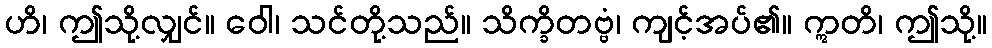
ဟိ၊ ဤသို့လျှင်။ ဝေါ၊ သင်တို့သည်။ သိက္ခိတဗ္ဗံ၊ ကျင့်အပ်၏။ ဣတိ၊ ဤသို့။